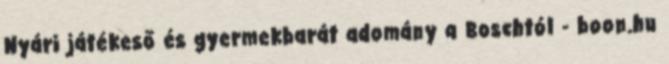
Nyári játékeső és gyermekbarát adomány a Boschtól - boon.hu